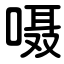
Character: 嗫